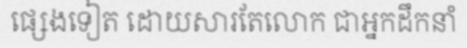
ផ្សេងទៀត ដោយសារតែលោក ជាអ្នកដឹកនាំ